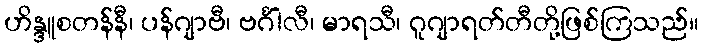
ဟိန္ဒူစတန်နီ၊ ပန်ဂျာဗီ၊ ဗင်္ဂါလီ၊ မာရသီ၊ ဂူဂျာရတ်တီတို့ဖြစ်ကြသည်။